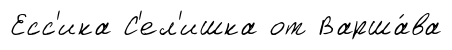
Есс'ика С'ел'ишка от Варша́ва